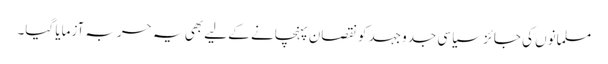
مسلمانوں کی جائز سیاسی جدوجہد کو نقصان پہنچانے کے لیے بھی یہ حربہ آزمایا گیا۔